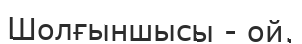
Шолғыншысы - ой.